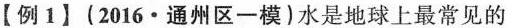
【例1】(2016·通州区一模)水是地球上最常见的